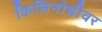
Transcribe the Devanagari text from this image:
किलिनोच्चीवर